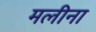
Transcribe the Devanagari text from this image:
मलीना